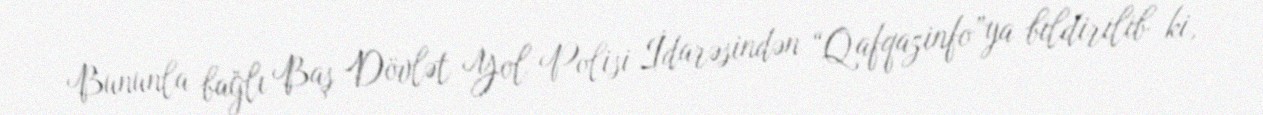
Bununla bağlı Baş Dövlət Yol Polisi İdarəsindən “Qafqazinfo”ya bildirilib ki,